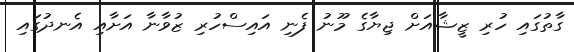
ގާތުގައި ހުރި ޒީޝާއަށް ޖިޔާގެ މޫނު ފެނި އައިސްހުރި ޒުވާނާ އަށާއި އެނދުގައި